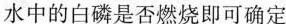
水中的白磷是否燃烧即可确定